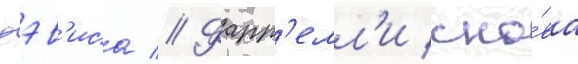
дэв'иса // Фарр'елл'и сно́ва